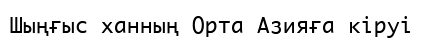
Шыңғыс ханның Орта Азияға кіруі